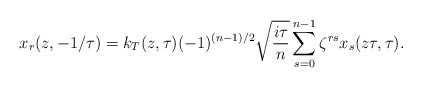
\begin{align*}x_r(z,-1/\tau)=k_{T}(z,\tau)(-1)^{(n-1)/2}\sqrt{\frac{i\tau}{n}}\sum_{s=0}^{n-1} \zeta^{rs}x_s(z\tau,\tau).\end{align*}